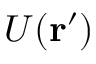
U ( \mathbf { r } ^ { \prime } )